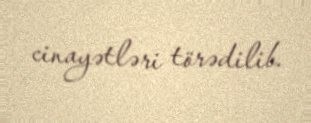
cinayətləri törədilib.